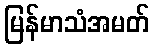
မြန်မာသံအမတ်